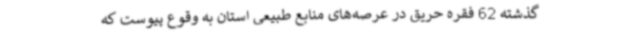
گذشته 62 فقره حریق در عرصه‌های منابع طبیعی استان به وقوع پیوست که